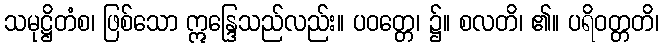
သမုဋ္ဌိတံစ၊ ဖြစ်သော ဣန္ဒြေသည်လည်း။ ပဝတ္တေ၊ ၌။ စလတိ၊ ၏။ ပရိဝတ္တတိ၊